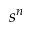
s ^ { n }